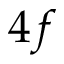
4 f